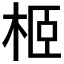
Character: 𣐵